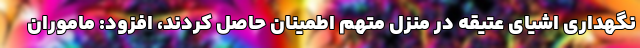
نگهداری اشیای عتیقه در منزل متهم اطمینان حاصل کردند، افزود: ماموران